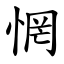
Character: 惘